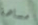
مساهمة